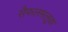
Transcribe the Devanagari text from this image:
सैफलमलूक